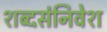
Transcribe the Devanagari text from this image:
शब्दसंनिवेश